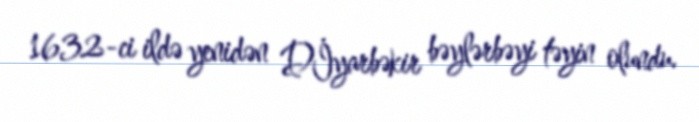
1632-ci ildə yenidən Dİyarbəkir bəylərbəyi təyin olundu.